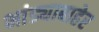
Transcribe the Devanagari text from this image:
भांड्याबाहेर